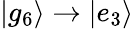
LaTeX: |g_{6}\rangle\to|e_{3}\rangle